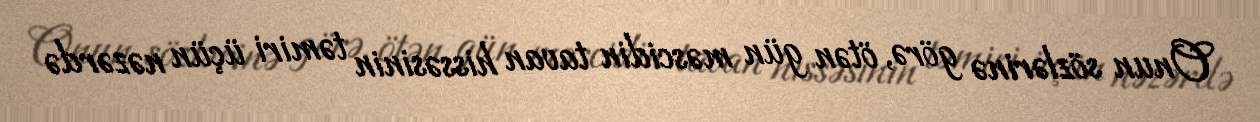
Onun sözlərinə görə, ötən gün məscidin tavan hissəsinin təmiri üçün nəzərdə